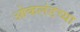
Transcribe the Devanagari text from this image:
ओकलंडच्या